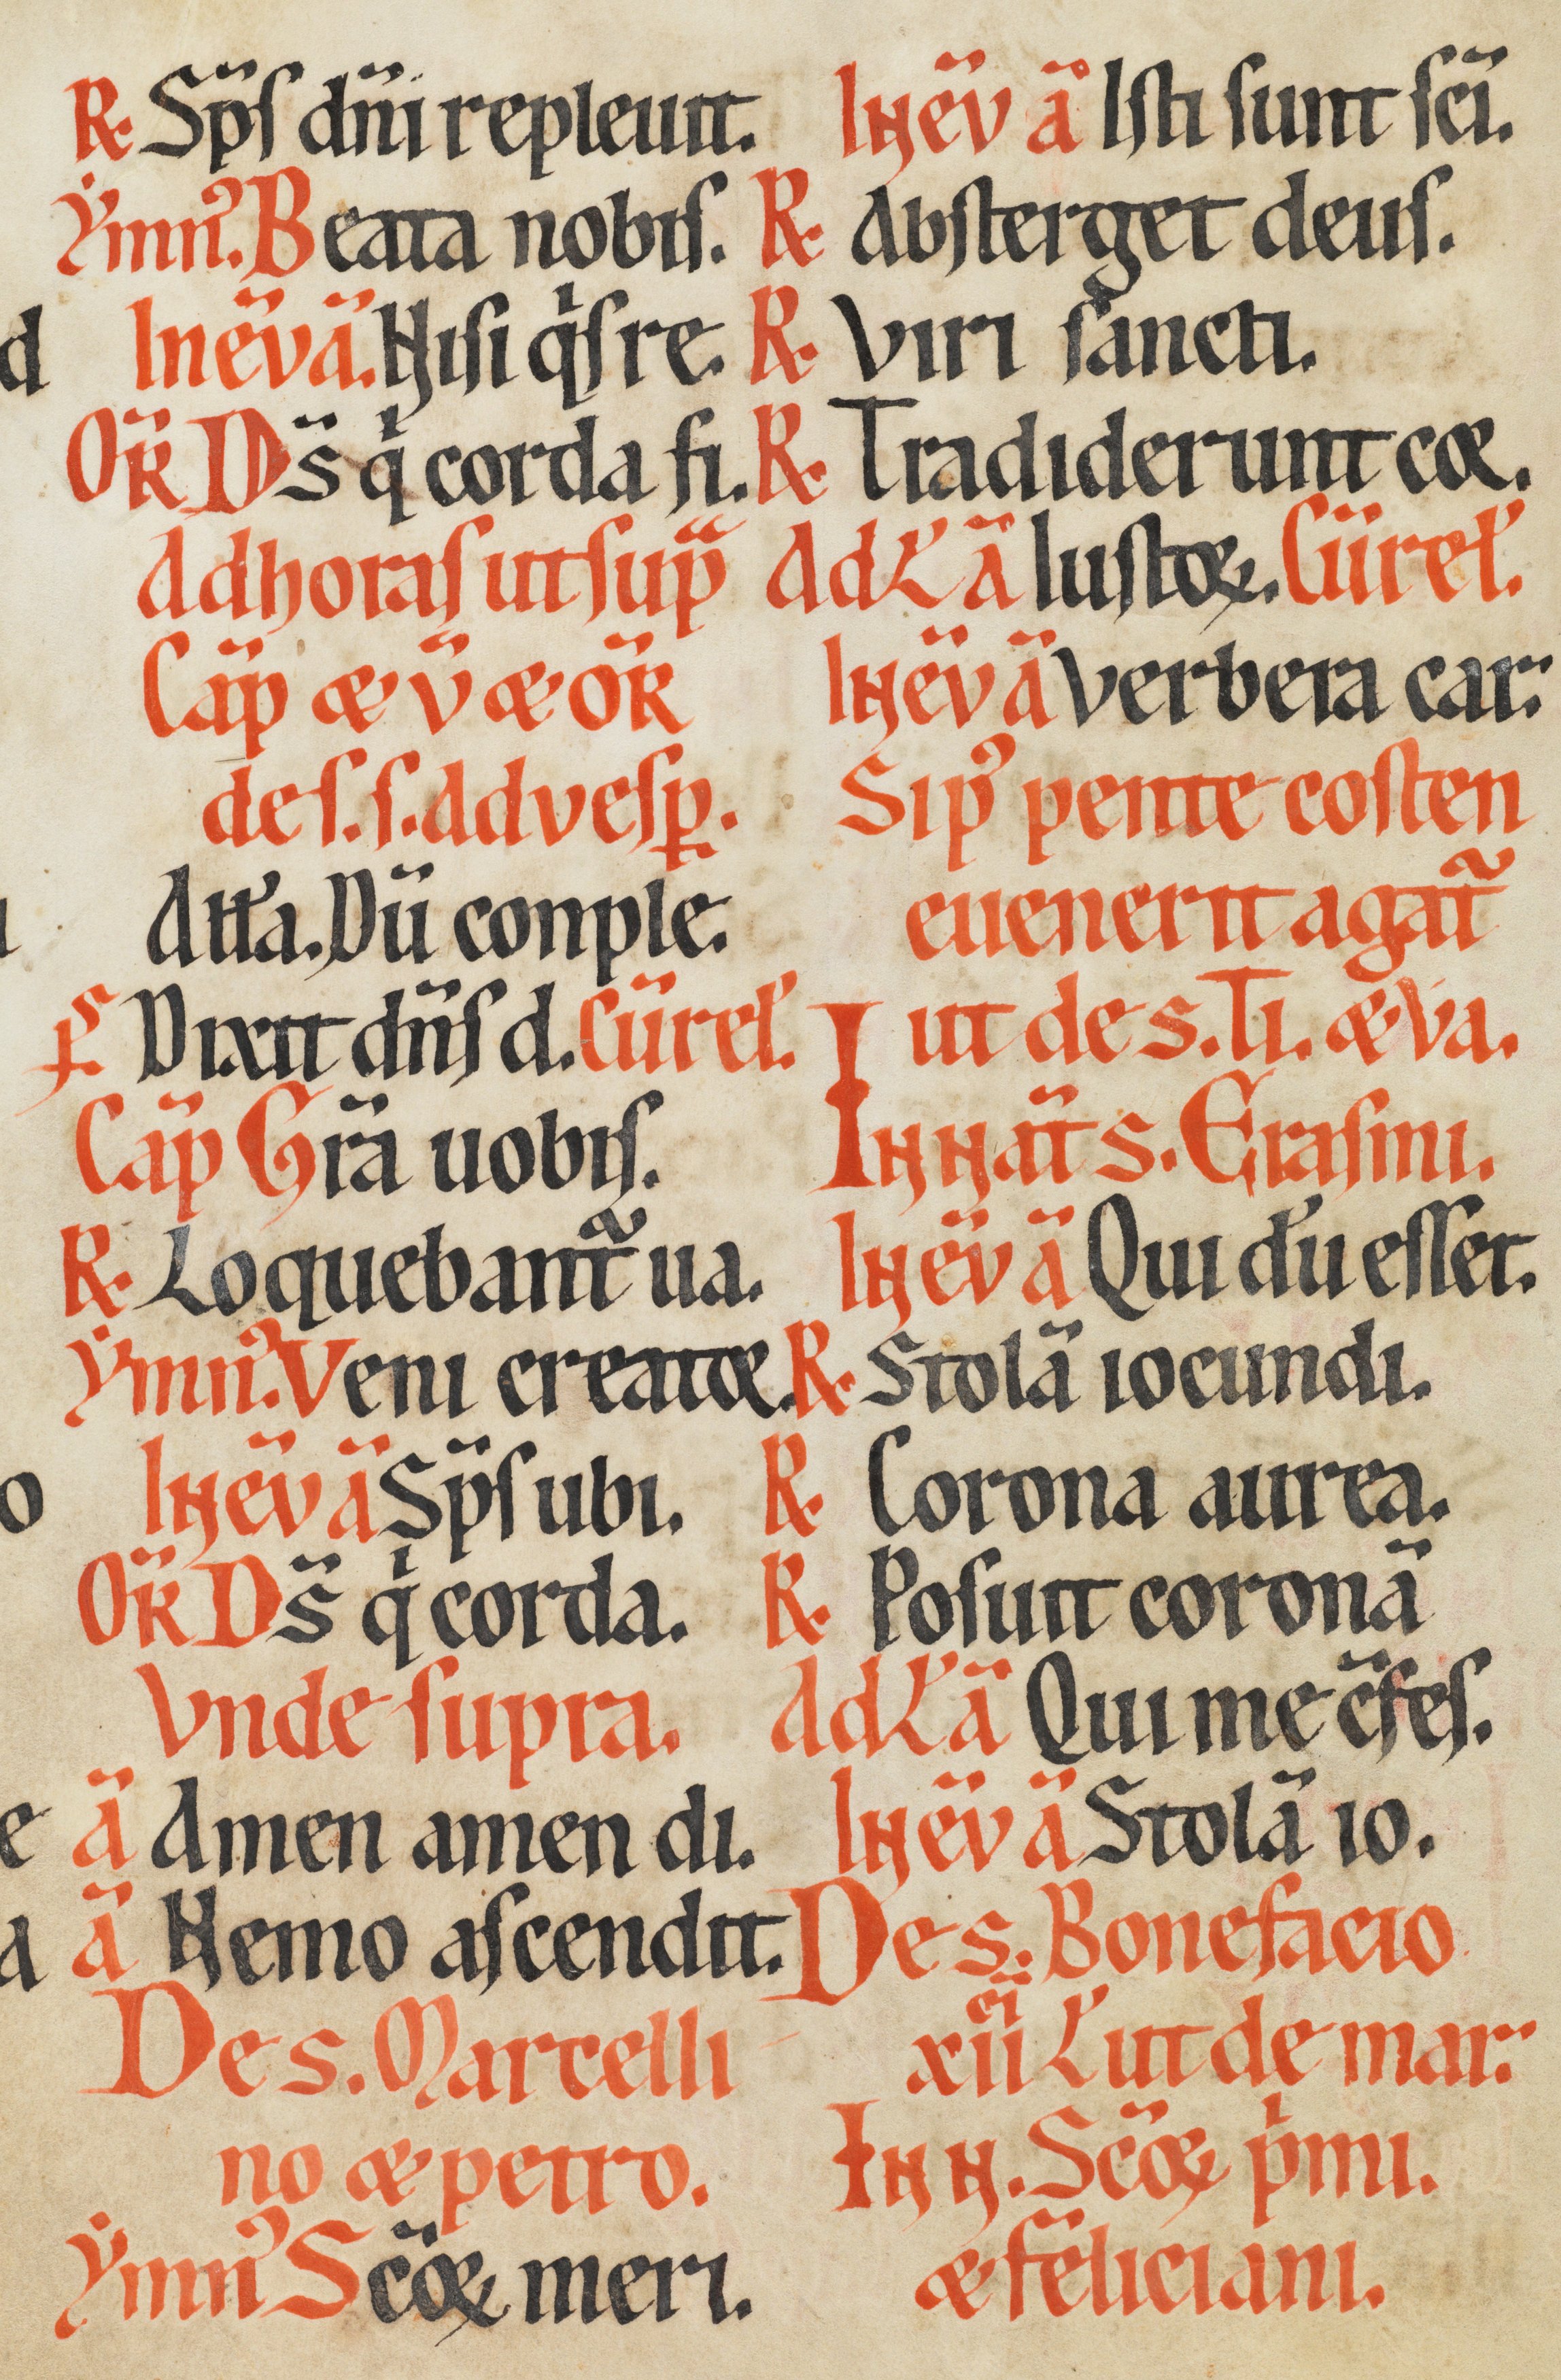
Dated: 1170–1230